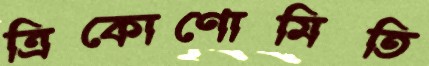
ত্রিকোণোমিতি